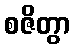
စဇိတွာ